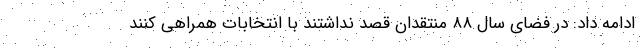
ادامه داد: در فضای سال ۸۸ منتقدان قصد نداشتند با انتخابات همراهی کنند